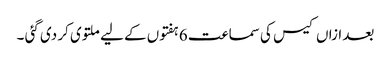
بعد ازاں کیس کی سماعت 6 ہفتوں کے لیے ملتوی کر دی گئی ۔